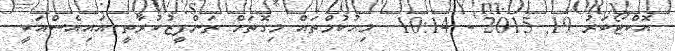
އޮކްޓޯބަރު 19